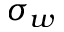
\sigma _ { w }